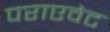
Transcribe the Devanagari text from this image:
पराएवेट